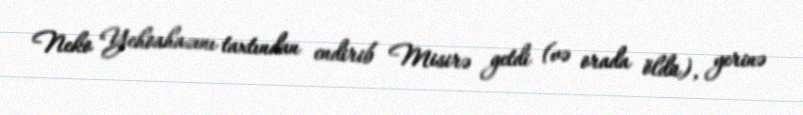
Neko Yehoahazını taxtından endirib Misirə getdi (və orada öldü), yerinə